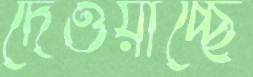
দেওয়াচ্ছে